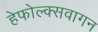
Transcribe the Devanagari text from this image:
हेफोल्क्सवागन